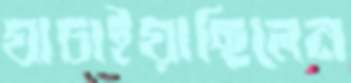
যাচাইয়াছিলেন